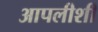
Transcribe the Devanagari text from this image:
आपलीशी